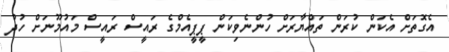
އެގޮތަށް އެކަން ކުރަން ތައްޔާރަށް ހުންނެވިކަން ޕީޕީއެމްގެ ރައީސް ރައީސް މައުމޫނަށް ހުދު